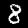
Label: 8